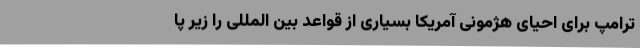
ترامپ برای احیای هژمونی آمریکا بسیاری از قواعد بین المللی را زیر پا